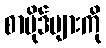
စာပိုဒ်များကို